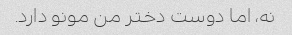
نه، اما دوست دختر من مونو دارد.